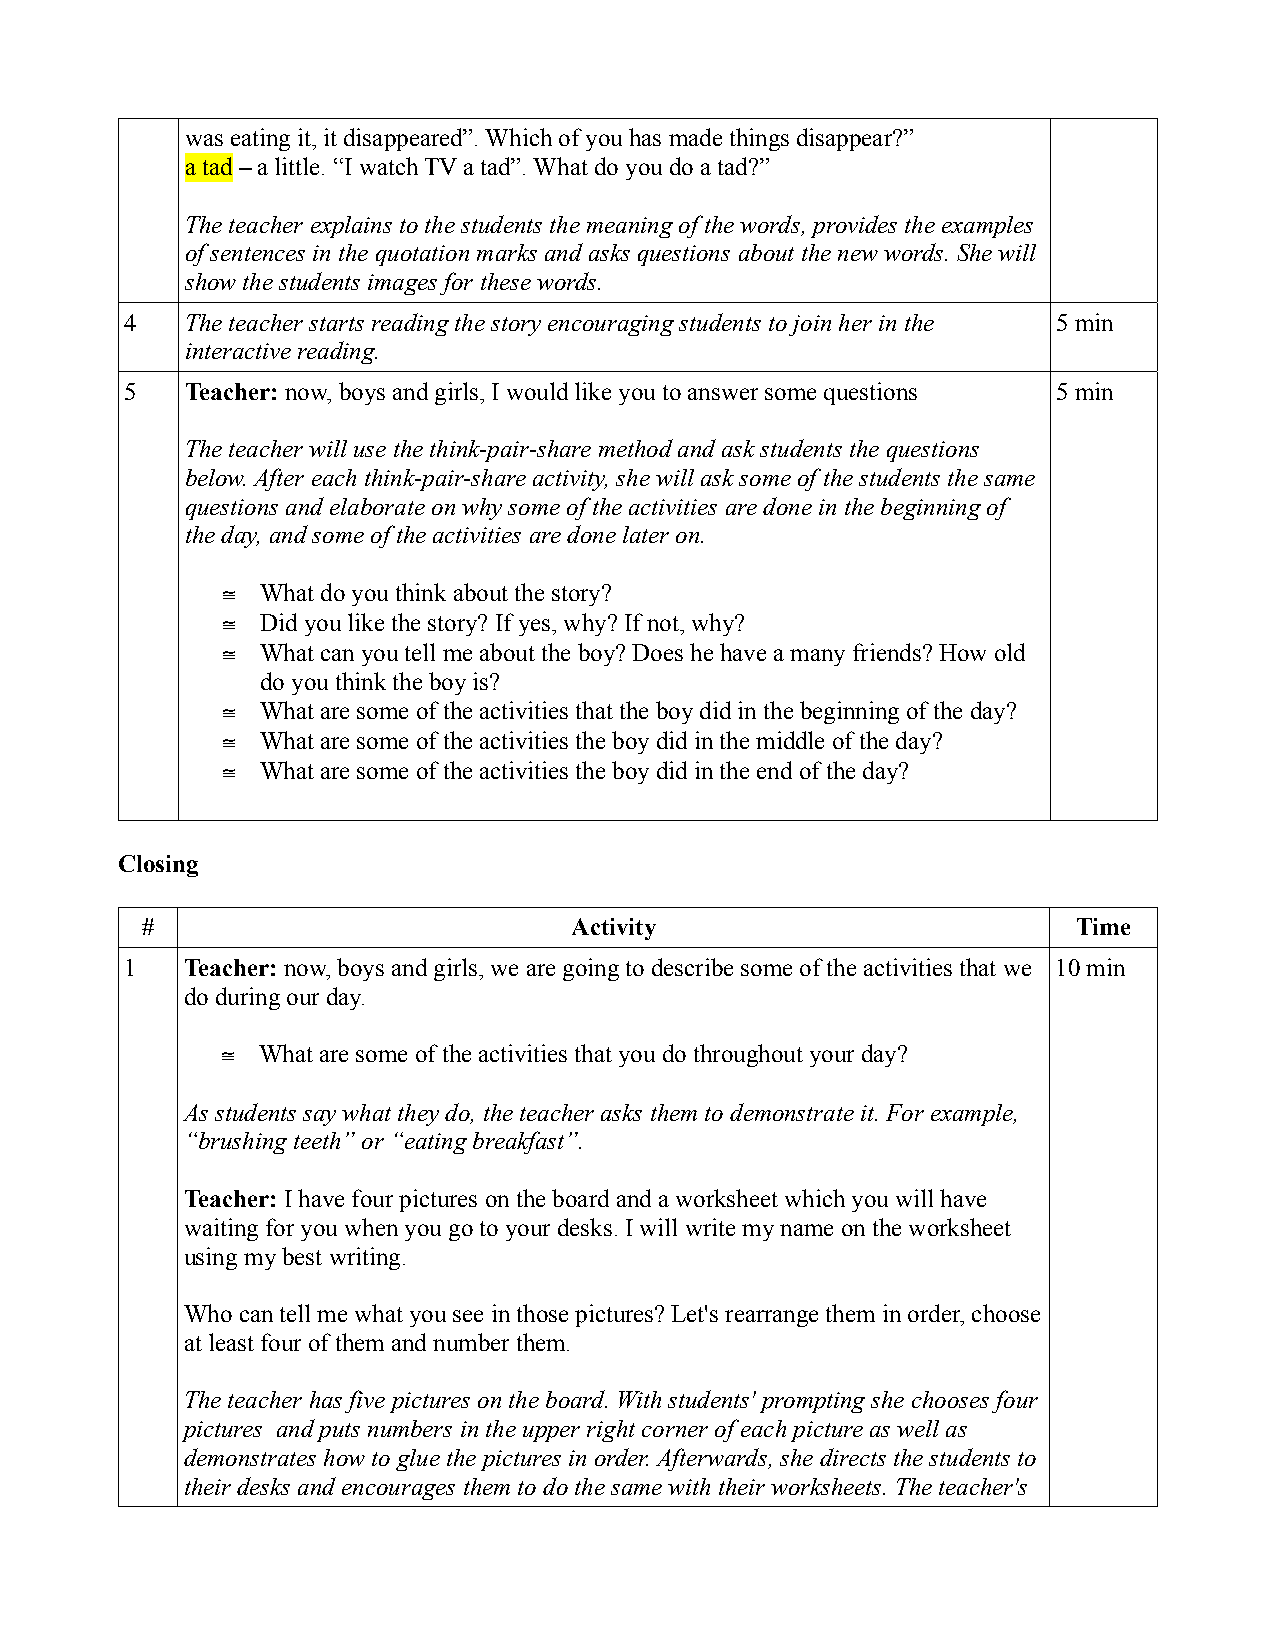
was eating it, it disappeared”. Which of you has made things disappear?”
 a tad – a little. “I watch TV a tad”. What do you do a tad?”
 The teacher explains to the students the meaning of the words, provides the examples
 of sentences in the quotation marks and asks questions about the new words. She will
 show the students images for these words.
 4   The teacher starts reading the story encouraging students to join her in the 5 min
 interactive reading.
 5   Teacher: now, boys and girls, I would like you to answer some questions 5 min
 The teacher will use the think-pair-share method and ask students the questions
 below. After each think-pair-share activity, she will ask some of the students the same
 questions and elaborate on why some of the activities are done in the beginning of
 the day, and some of the activities are done later on.
  What do you think about the story?
  Did you like the story? If yes, why? If not, why?
  What can you tell me about the boy? Does he have a many friends? How old
 do you think the boy is?
  What are some of the activities that the boy did in the beginning of the day?
  What are some of the activities the boy did in the middle of the day?
  What are some of the activities the boy did in the end of the day?
 Closing
 #                            Activity                         Time
 1   Teacher: now, boys and girls, we are going to describe some of the activities that we 10 min
 do during our day.
  What are some of the activities that you do throughout your day?
 As students say what they do, the teacher asks them to demonstrate it. For example,
 “brushing teeth” or “eating breakfast”.
 Teacher: I have four pictures on the board and a worksheet which you will have
 waiting for you when you go to your desks. I will write my name on the worksheet
 using my best writing.
 Who can tell me what you see in those pictures? Let's rearrange them in order, choose
 at least four of them and number them.
 The teacher has five pictures on the board. With students' prompting she chooses four
 pictures and puts numbers in the upper right corner of each picture as well as
 demonstrates how to glue the pictures in order. Afterwards, she directs the students to
 their desks and encourages them to do the same with their worksheets. The teacher's